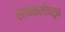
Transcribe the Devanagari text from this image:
सायकलींवरुन